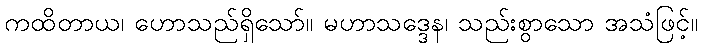
ကထိတာယ၊ ဟောသည်ရှိသော်။ မဟာသဒ္ဒေန၊ သည်းစွာသော အသံဖြင့်။